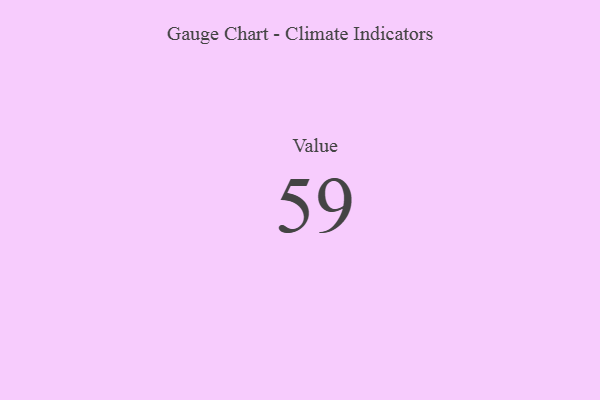
{"axis": {"x": "Metric", "y": "Value"}, "legend": [""], "data": [{"x": "Value", "y": 59, "type": ""}]}